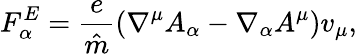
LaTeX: F_{\alpha}^{E}=\frac{e}{\hat{m}}\left(\nabla^{\mu}A_{\alpha}-\nabla_{\alpha}A^{\mu}\right)v_{\mu},